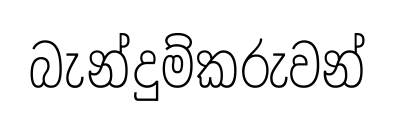
බැන්දුම්කරුවන්